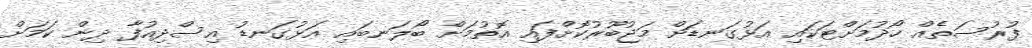
ފުރުސަތެއް ހޯދުމަށްޓަކައި އަޅުގަނޑަށް މަޖުބޫރުކޮށްފައި އޮތުމަށް ބޯލަނބައި އަޅުގަނޑު އިސްދިއުފާ ދިން ކަމަށް